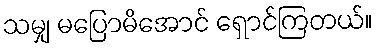
သမျှ မပြောမိအောင် ရှောင်ကြတယ်။